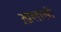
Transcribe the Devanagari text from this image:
ख़लासी